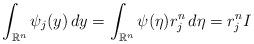
LaTeX: \begin{align*} \int_{\mathbb{R}^n} \psi_j (y)\,dy=\int_{\mathbb{R}^n} \psi(\eta)r^{n}_{j} \,d\eta=r^{n}_{j}I \end{align*}